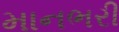
માનભરી